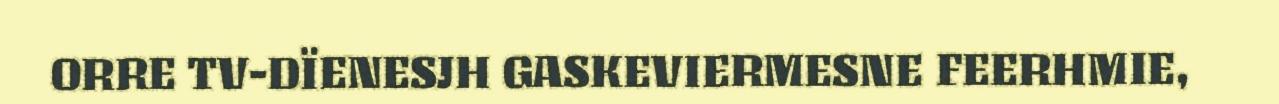
ORRE TV-DÏENESJH GASKEVIERMESNE FEERHMIE,